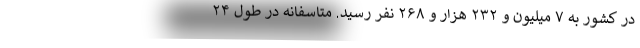
در کشور به ۷ میلیون و ۲۳۲ هزار و ۲۶۸ نفر رسید. متاسفانه در طول ۲۴